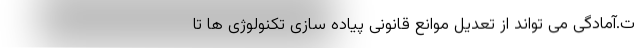
ت.آمادگی می تواند از تعدیل موانع قانونی پیاده سازی تکنولوژی ها تا